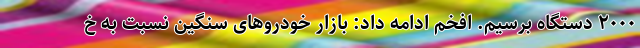
۲۰۰۰ دستگاه برسیم. افخم ادامه داد: بازار خودروهای سنگین نسبت به خ